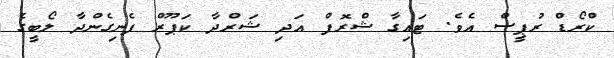
ކްރޯޑް ރުޕީސް އެވެ. ޓައިގާ ޝްރޮފް އަދި ޝަރްދާ ކަޕޫރް ފެނިގެންދާ ލޯބީގެ